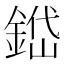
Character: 𨨐